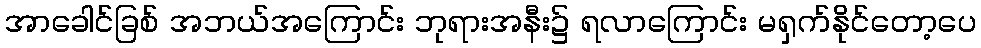
အာခေါင်ခြစ် အဘယ်အကြောင်း ဘုရားအနီး၌ ရလာကြောင်း မရှက်နိုင်တော့ပေ